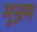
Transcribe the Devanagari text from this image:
मून्नम